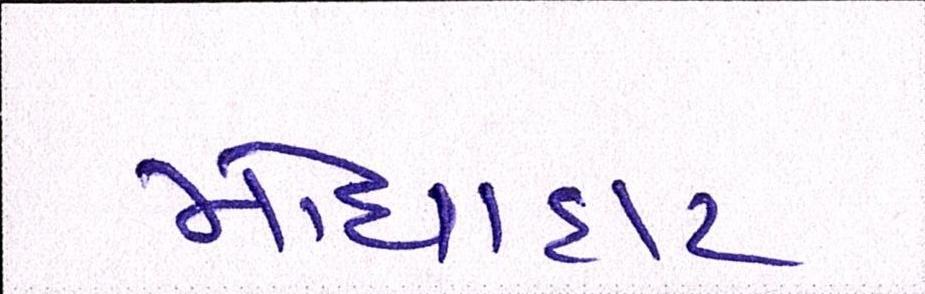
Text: મોંઘાદાટ